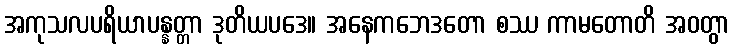
အကုသလပရိယာပန္နတ္တာ ဒုတိယပဒေ။ အနေကဘေဒတော စဿ ကာမတောတိ အဝတွာ